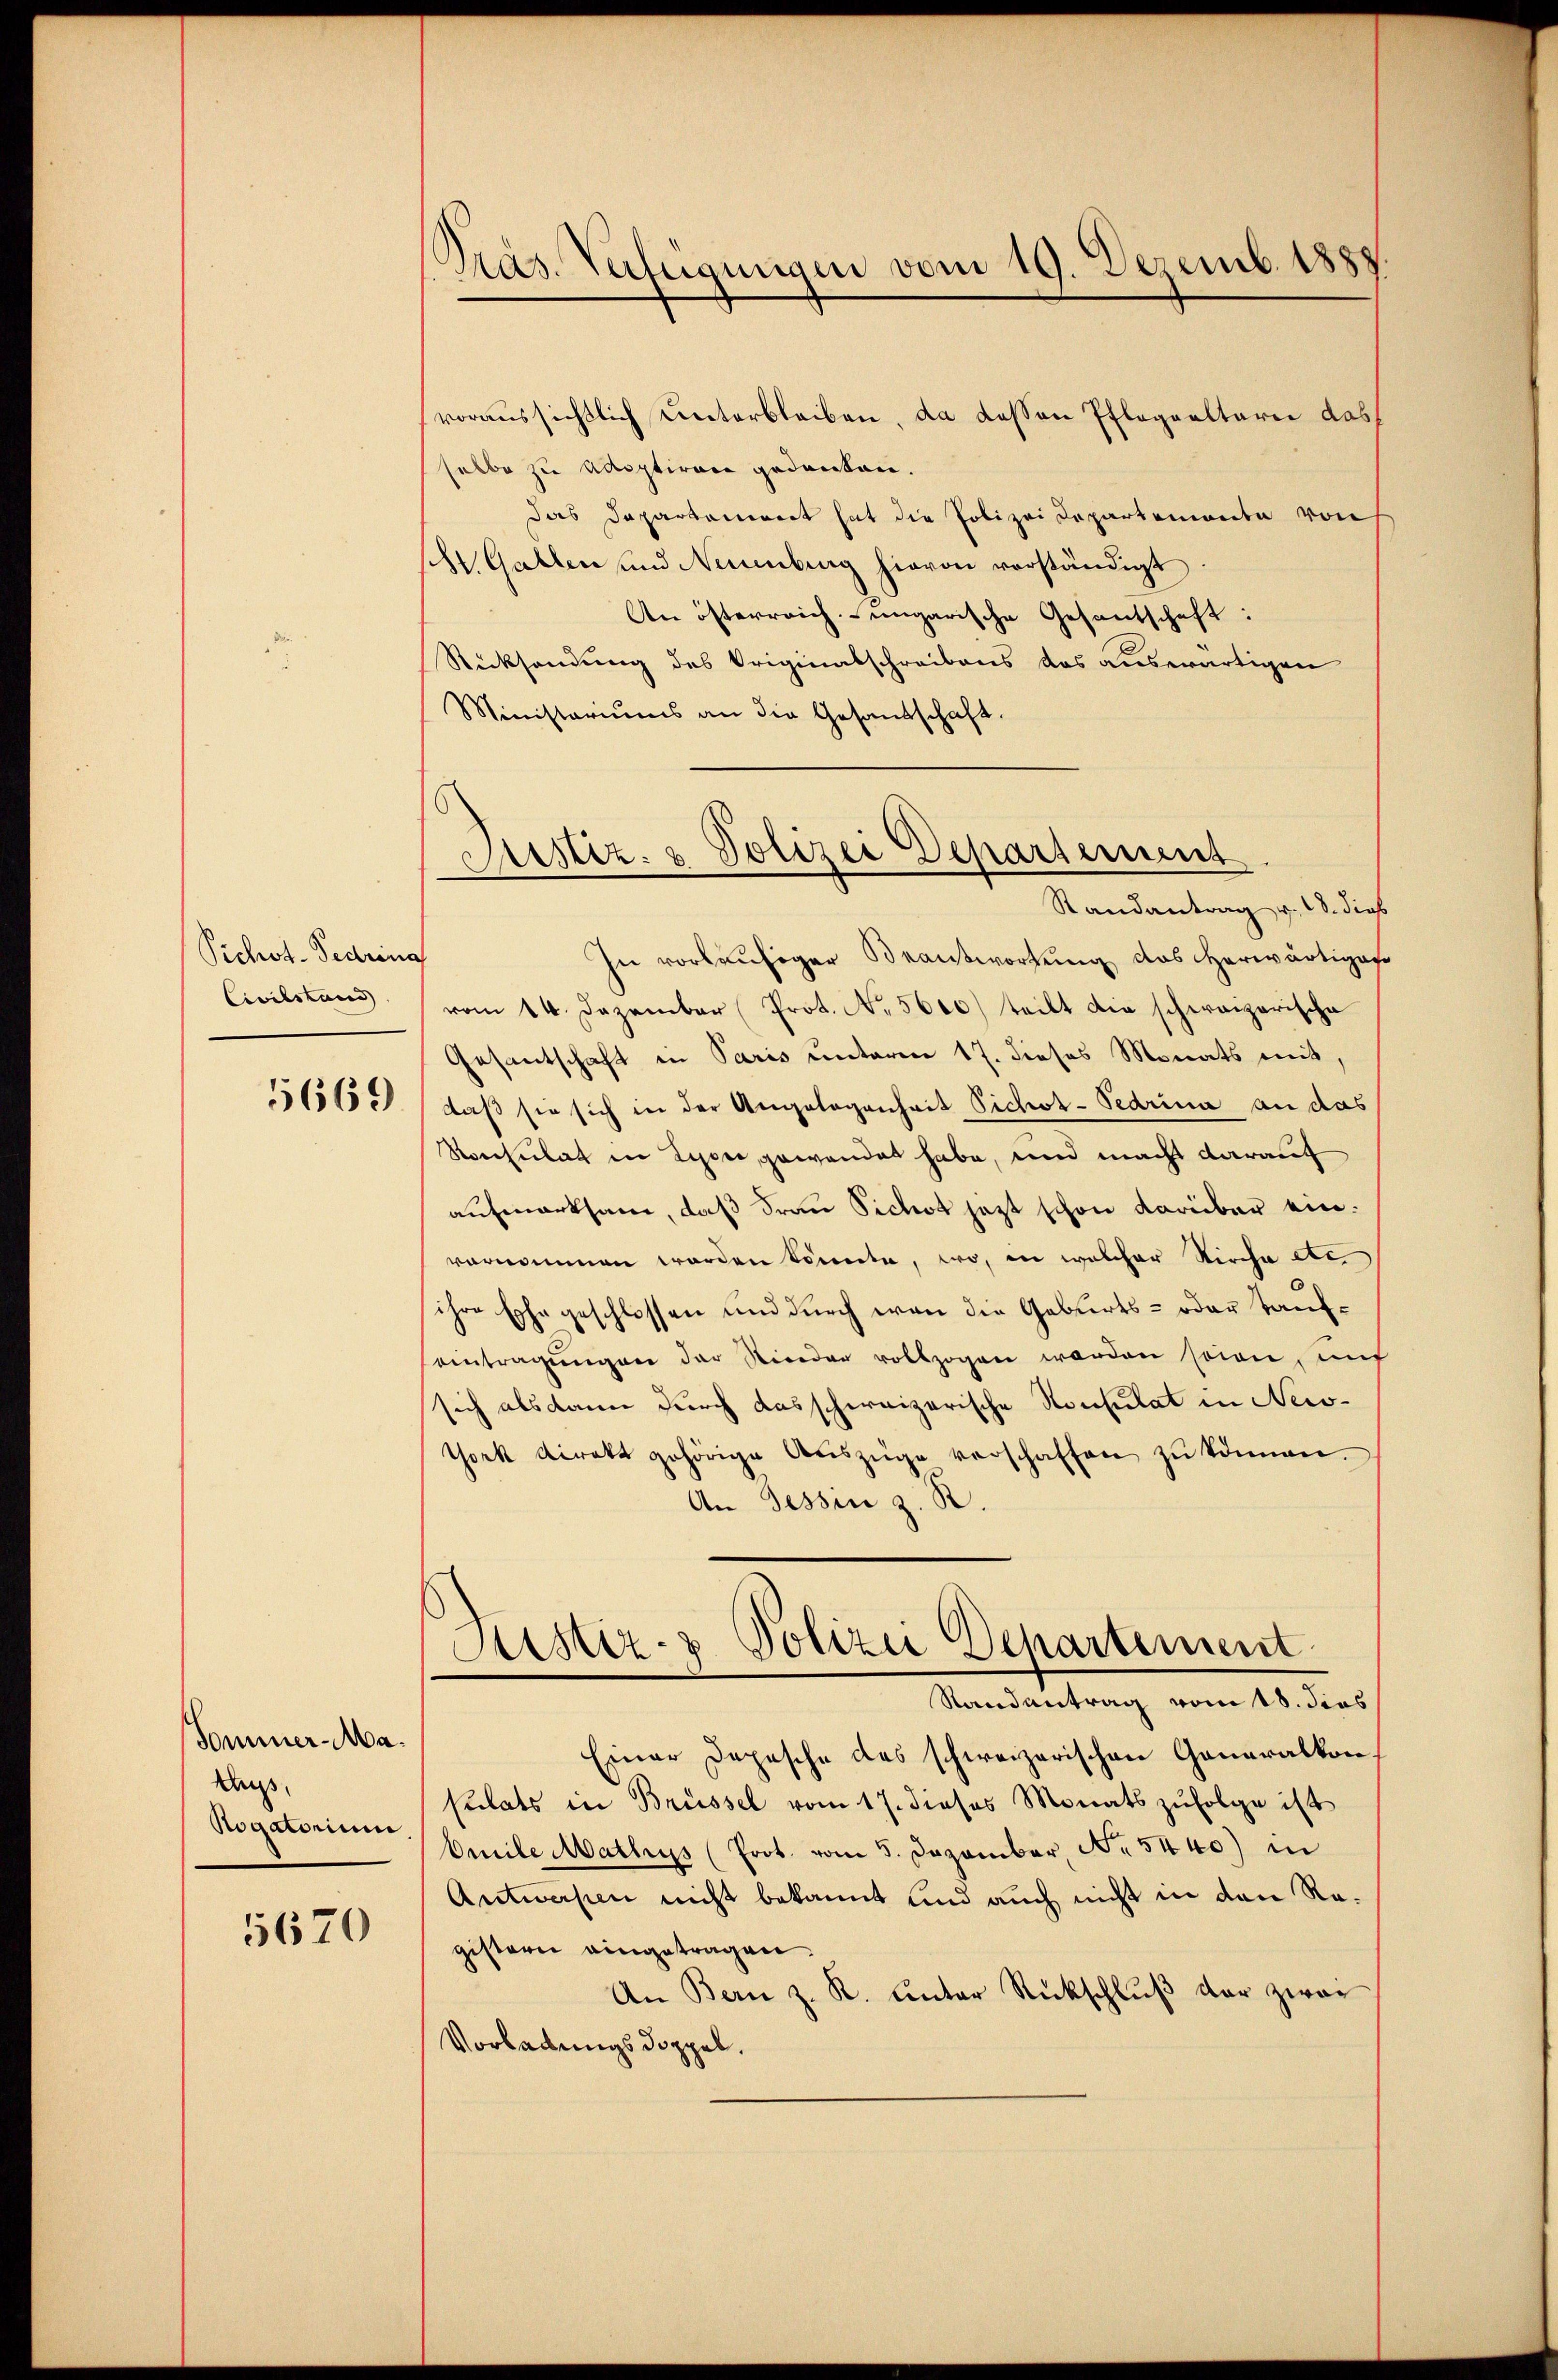
Pichst-Fedring
Civilstand

5669

Sommer-Ma¬
Kaß
Rogatorium

5670

Präs. Verfügungen vom 19. Dezemb. 1888.

voraussichtlich unterbleiben, da dessen Pflegaaltarii das
selbe zu Adoptiren gedanken.
das Dapartament hat die Polizei Departemonte von
s. Gallen und Neuenburg hievon verständigt
An österreich ungarische Gesantschaft:
Rücksendung des Originatschreibens das auswärtigen
Ministeriums an die Gesandschaft.
In vorläufiger Beantwortung des Herwärtiges
vom 14. Dezember (Prot. No. 5600) teilt die schweizerische
Gesantschaft in Paris unterm 17. dieses Monats mit,
daß sie sich in der Angelegenheit Pichos- Pedrina an das
Roecsulat in Lyon, gewendet habe, und macht darauf
aufmerksam, daß Frau Sichst jetzt schon darüber einvernommen werden könnte, wo, in welcher Kirche de
ihre Ehe geschlossen und durch von die Geburts- oder Taufeintragŭngen der Nieder vollzogen worden sein, auf
sich alsdann durch das schweizerische Konsulat in New-
York direkt gehörige Aŭszüge verschaffen zŭ können.
An Tessin z. R.
Sistiz- & Polizei Departement
Randantrag vom 18. dies
Einer Depesche des schweizerischen Generalkonsulats in Brüssel vom 17. dieses Monats zŭfolge ist
Omile Mathys (Prot. vom 5. Dezember, No. 5440) in
Antwerfen nicht bekannt und auch nicht in den Ragistern eingetragen.
An Bern z. R. unter Rückschluß der zwei
Vorladungsdoppel.

Astiz- & Polizei Departement
Randantrag v. 18. dies